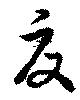
夏